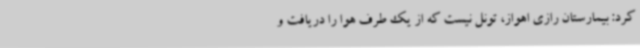
کرد: بیمارستان رازی اهواز، تونل نیست که از یک طرف هوا را دریافت و